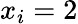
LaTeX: x_{i}=2